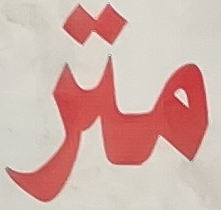
متر